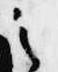
之